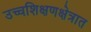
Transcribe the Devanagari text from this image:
उच्चशिक्षणक्षेत्रात